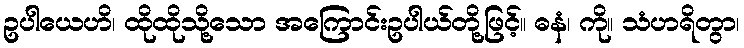
ဥပါယေဟိ၊ ထိုထိုသို့သော အကြောင်းဥပါယ်တို့ဖြင့်။ ဓနံ၊ ကို။ သံဟရိတွာ၊